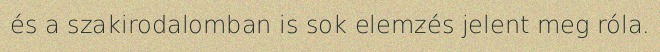
és a szakirodalomban is sok elemzés jelent meg róla.